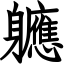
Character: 軈